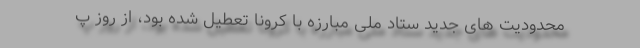
محدودیت های جدید ستاد ملی مبارزه با کرونا تعطیل شده بود، از روز پ